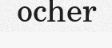
ocher